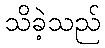
သိခဲ့သည်